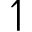
\upharpoonleft